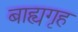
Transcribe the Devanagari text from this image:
बाह्यगृह